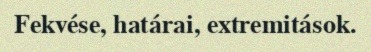
Fekvése, határai, extremitások.